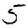
Digit: 5